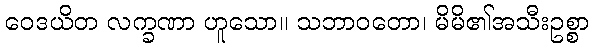
ဝေဒယိတ လက္ခဏာ ဟူသော။ သဘာဝတော၊ မိမိ၏အသီးဥစ္စာ